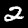
Label: 2